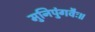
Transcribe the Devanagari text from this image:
मुनिपुंगवैः॥